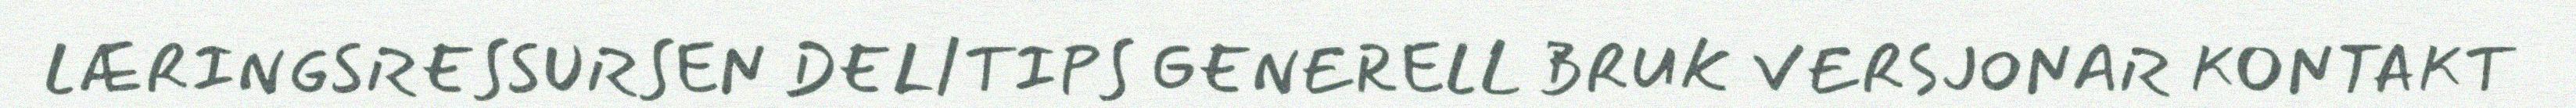
LÆRINGSRESSURSEN DEL/TIPS GENERELL BRUK VERSJONAR KONTAKT